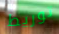
توريط